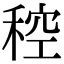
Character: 䅝